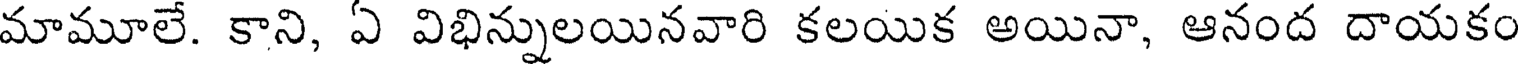
మామూలే. కాని, ఏ విభిన్నులయినవారి కలయిక అయినా, ఆనంద దాయకం